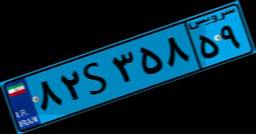
۷۸S۲۹۳۱۳